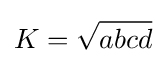
\displaystyle K={\sqrt {abcd}}